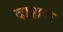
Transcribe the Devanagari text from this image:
दाशक